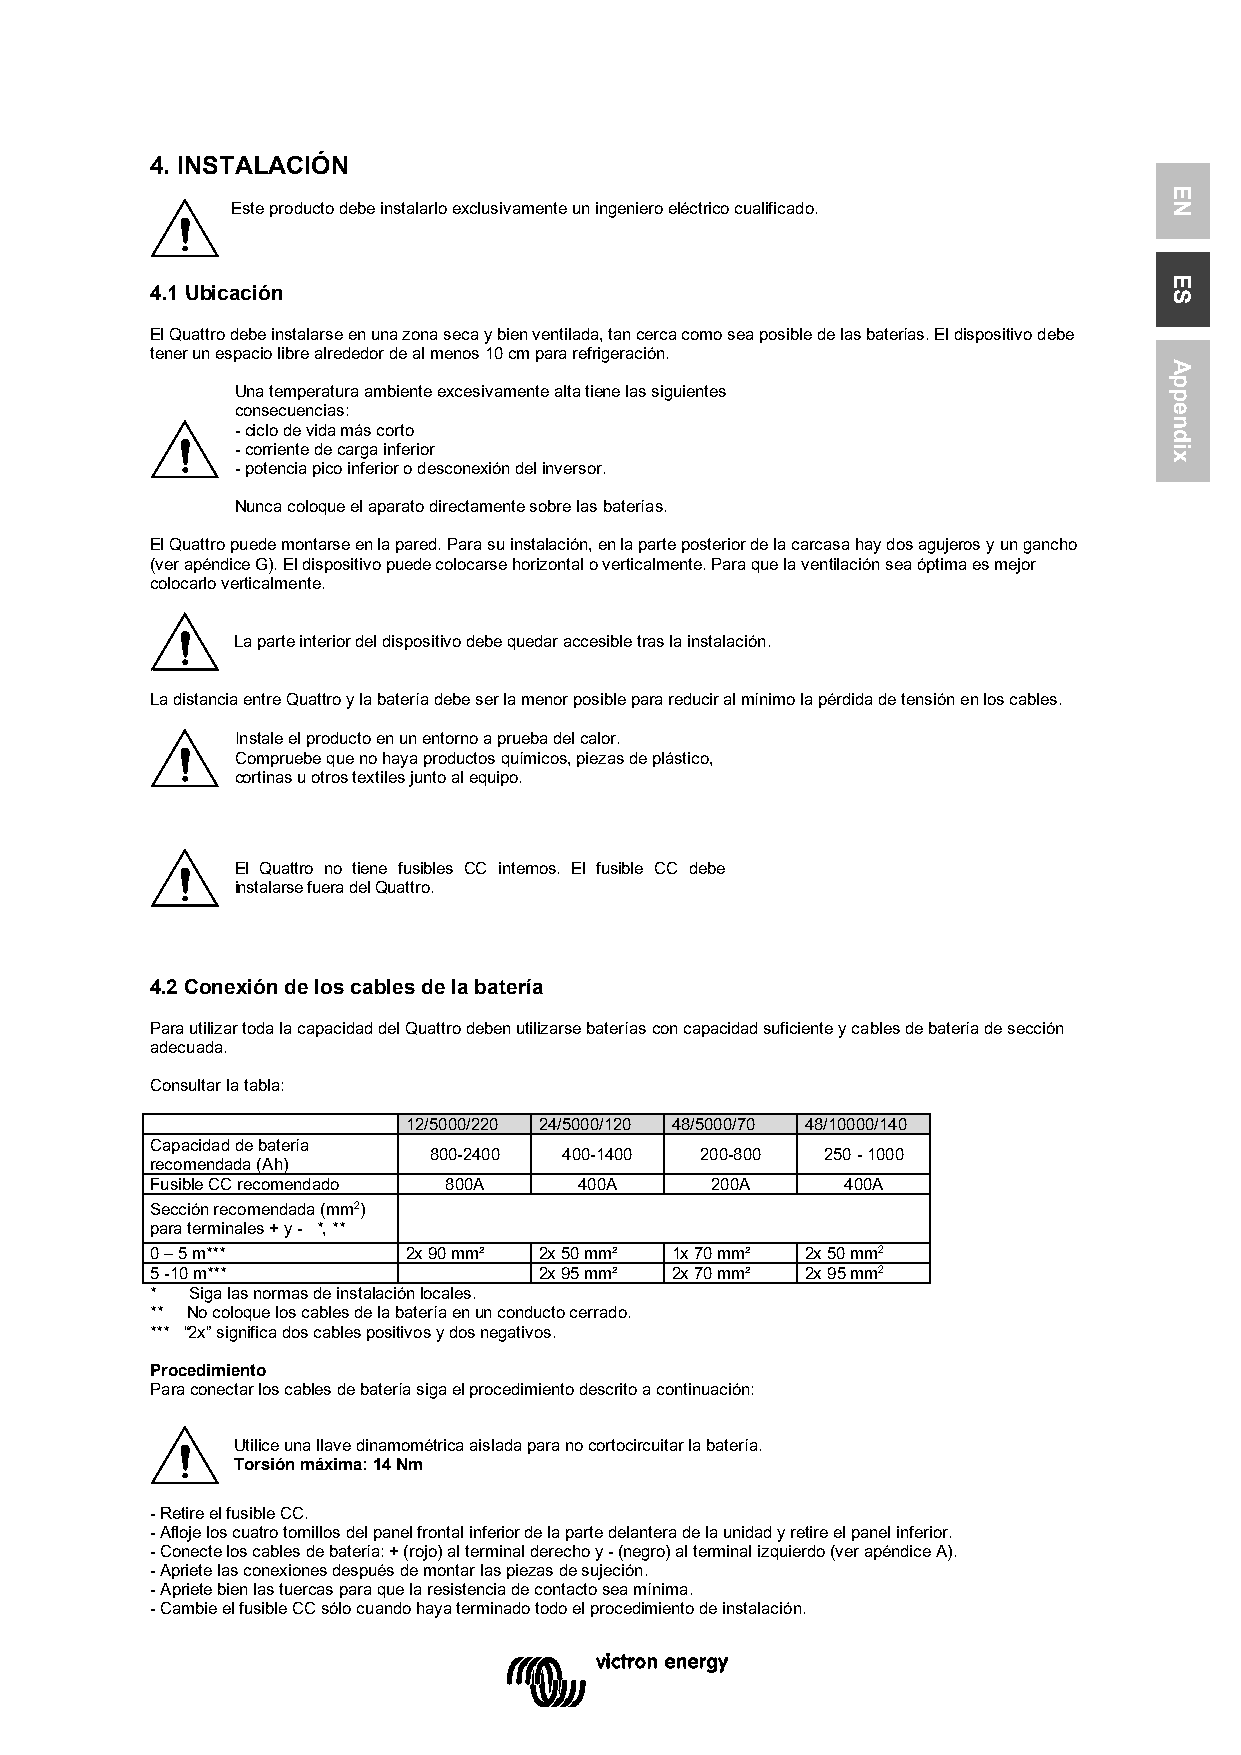
4. INSTALACIÓN
 Este producto debe instalarlo exclusivamente un ingeniero eléctrico cualificado.
 4.1 Ubicación
 El Quattro debe instalarse en una zona seca y bien ventilada, tan cerca como sea posible de las baterías. El dispositivo debe
 tener un espacio libre alrededor de al menos 10 cm para refrigeración.
 Una temperatura ambiente excesivamente alta tiene las siguientes
 consecuencias:
 - ciclo de vida más corto
 - corriente de carga inferior
 - potencia pico inferior o desconexión del inversor.
 Nunca coloque el aparato directamente sobre las baterías.
 El Quattro puede montarse en la pared. Para su instalación, en la parte posterior de la carcasa hay dos agujeros y un gancho
 (ver apéndice G). El dispositivo puede colocarse horizontal o verticalmente. Para que la ventilación sea óptima es mejor
 colocarlo verticalmente.
 La parte interior del dispositivo debe quedar accesible tras la instalación.
 La distancia entre Quattro y la batería debe ser la menor posible para reducir al mínimo la pérdida de tensión en los cables.
 Instale el producto en un entorno a prueba del calor.
 Compruebe que no haya productos químicos, piezas de plástico,
 cortinas u otros textiles junto al equipo.
 El Quattro no tiene fusibles CC internos. El fusible CC debe
 instalarse fuera del Quattro.
 4.2 Conexión de los cables de la batería
 Para utilizar toda la capacidad del Quattro deben utilizarse baterías con capacidad suficiente y cables de batería de sección
 adecuada.
 Consultar la tabla:
 12/5000/220 24/5000/120 48/5000/70 48/10000/140
 Capacidad de batería
 800-2400 400-1400 200-800  250 - 1000
 recomendada (Ah)
 Fusible CC recomendado 800A 400A     200A     400A
 Sección recomendada (mm2)
 para terminales + y - *, **
 0 – 5 m***       2x 90 mm² 2x 50 mm² 1x 70 mm² 2x 50 mm2
 5 -10 m***                2x 95 mm² 2x 70 mm² 2x 95 mm2
 *  Siga las normas de instalación locales.
 ** No coloque los cables de la batería en un conducto cerrado.
 *** “2x” significa dos cables positivos y dos negativos.
 Procedimiento
 Para conectar los cables de batería siga el procedimiento descrito a continuación:
 Utilice una llave dinamométrica aislada para no cortocircuitar la batería.
 Torsión máxima: 14 Nm
 - Retire el fusible CC.
 - Afloje los cuatro tornillos del panel frontal inferior de la parte delantera de la unidad y retire el panel inferior.
 - Conecte los cables de batería: + (rojo) al terminal derecho y - (negro) al terminal izquierdo (ver apéndice A).
 - Apriete las conexiones después de montar las piezas de sujeción.
 - Apriete bien las tuercas para que la resistencia de contacto sea mínima.
 - Cambie el fusible CC sólo cuando haya terminado todo el procedimiento de instalación.
 EN
 ES
 Appendix